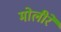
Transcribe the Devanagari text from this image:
मोलीरे